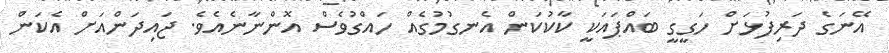
އޭނަގެ ދަރިފުޅަށް ހަގީގީ ބައްޕައަކީ ކާކުކަން އެނގުމުގެއް ހައްގުވެސް އޮންނާނެއެވެ. ޖައިދަންއަށް އެކަން